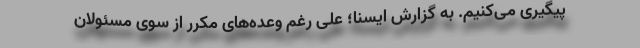
پیگیری می‌کنیم. به گزارش ایسنا؛ علی رغم وعده‌های مکرر از سوی مسئولان